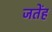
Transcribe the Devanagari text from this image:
जिंतेंह